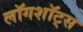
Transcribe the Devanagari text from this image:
लॉगशॉट्स